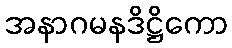
အနာဂမနဒိဋ္ဌိကော